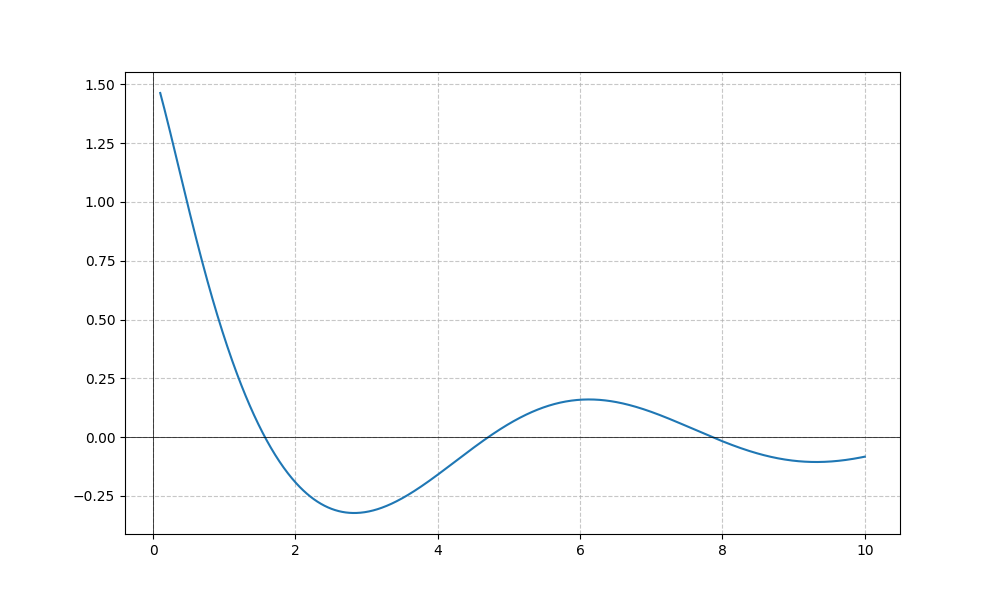
LaTeX formula: \cos{\left(x \right)} \operatorname{acot}{\left(x \right)}